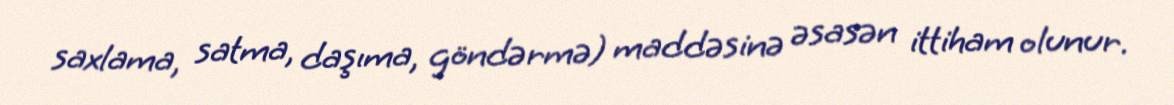
saxlama, satma, daşıma, göndərmə) maddəsinə əsasən ittiham olunur.